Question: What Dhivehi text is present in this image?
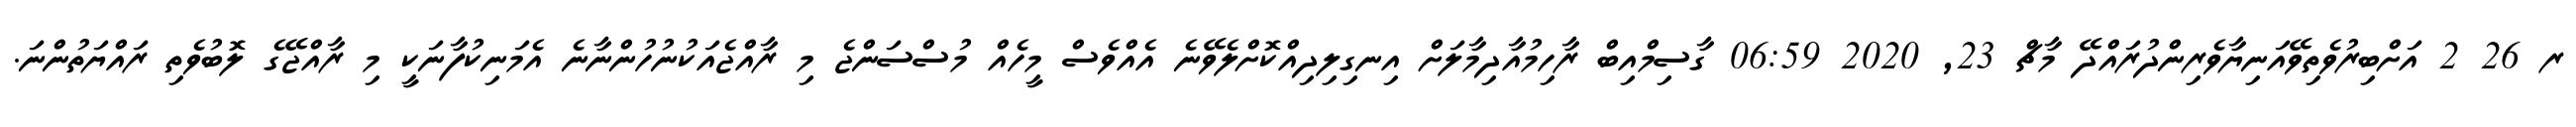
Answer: ރ 26 2 އަށްބިރުވެތިވޭއަނިޔާވެރިންދުރައްދޭ މާޗް 23, 2020 06:59 ގާސިމްއިބް ރާހިމުއާދިމާލަށް އިނގިލިދިއްކޮށްލެވޭނެ އެއްވެސް މީހެއް މުސްސަންޖެ މި ރާއްޖެއަކުނުހުންނާނެ އެމަނިކުފާނަކީ މި ރާއްޖޭގެ ލޮބުވެތި ރައްޔަތުންނަ.